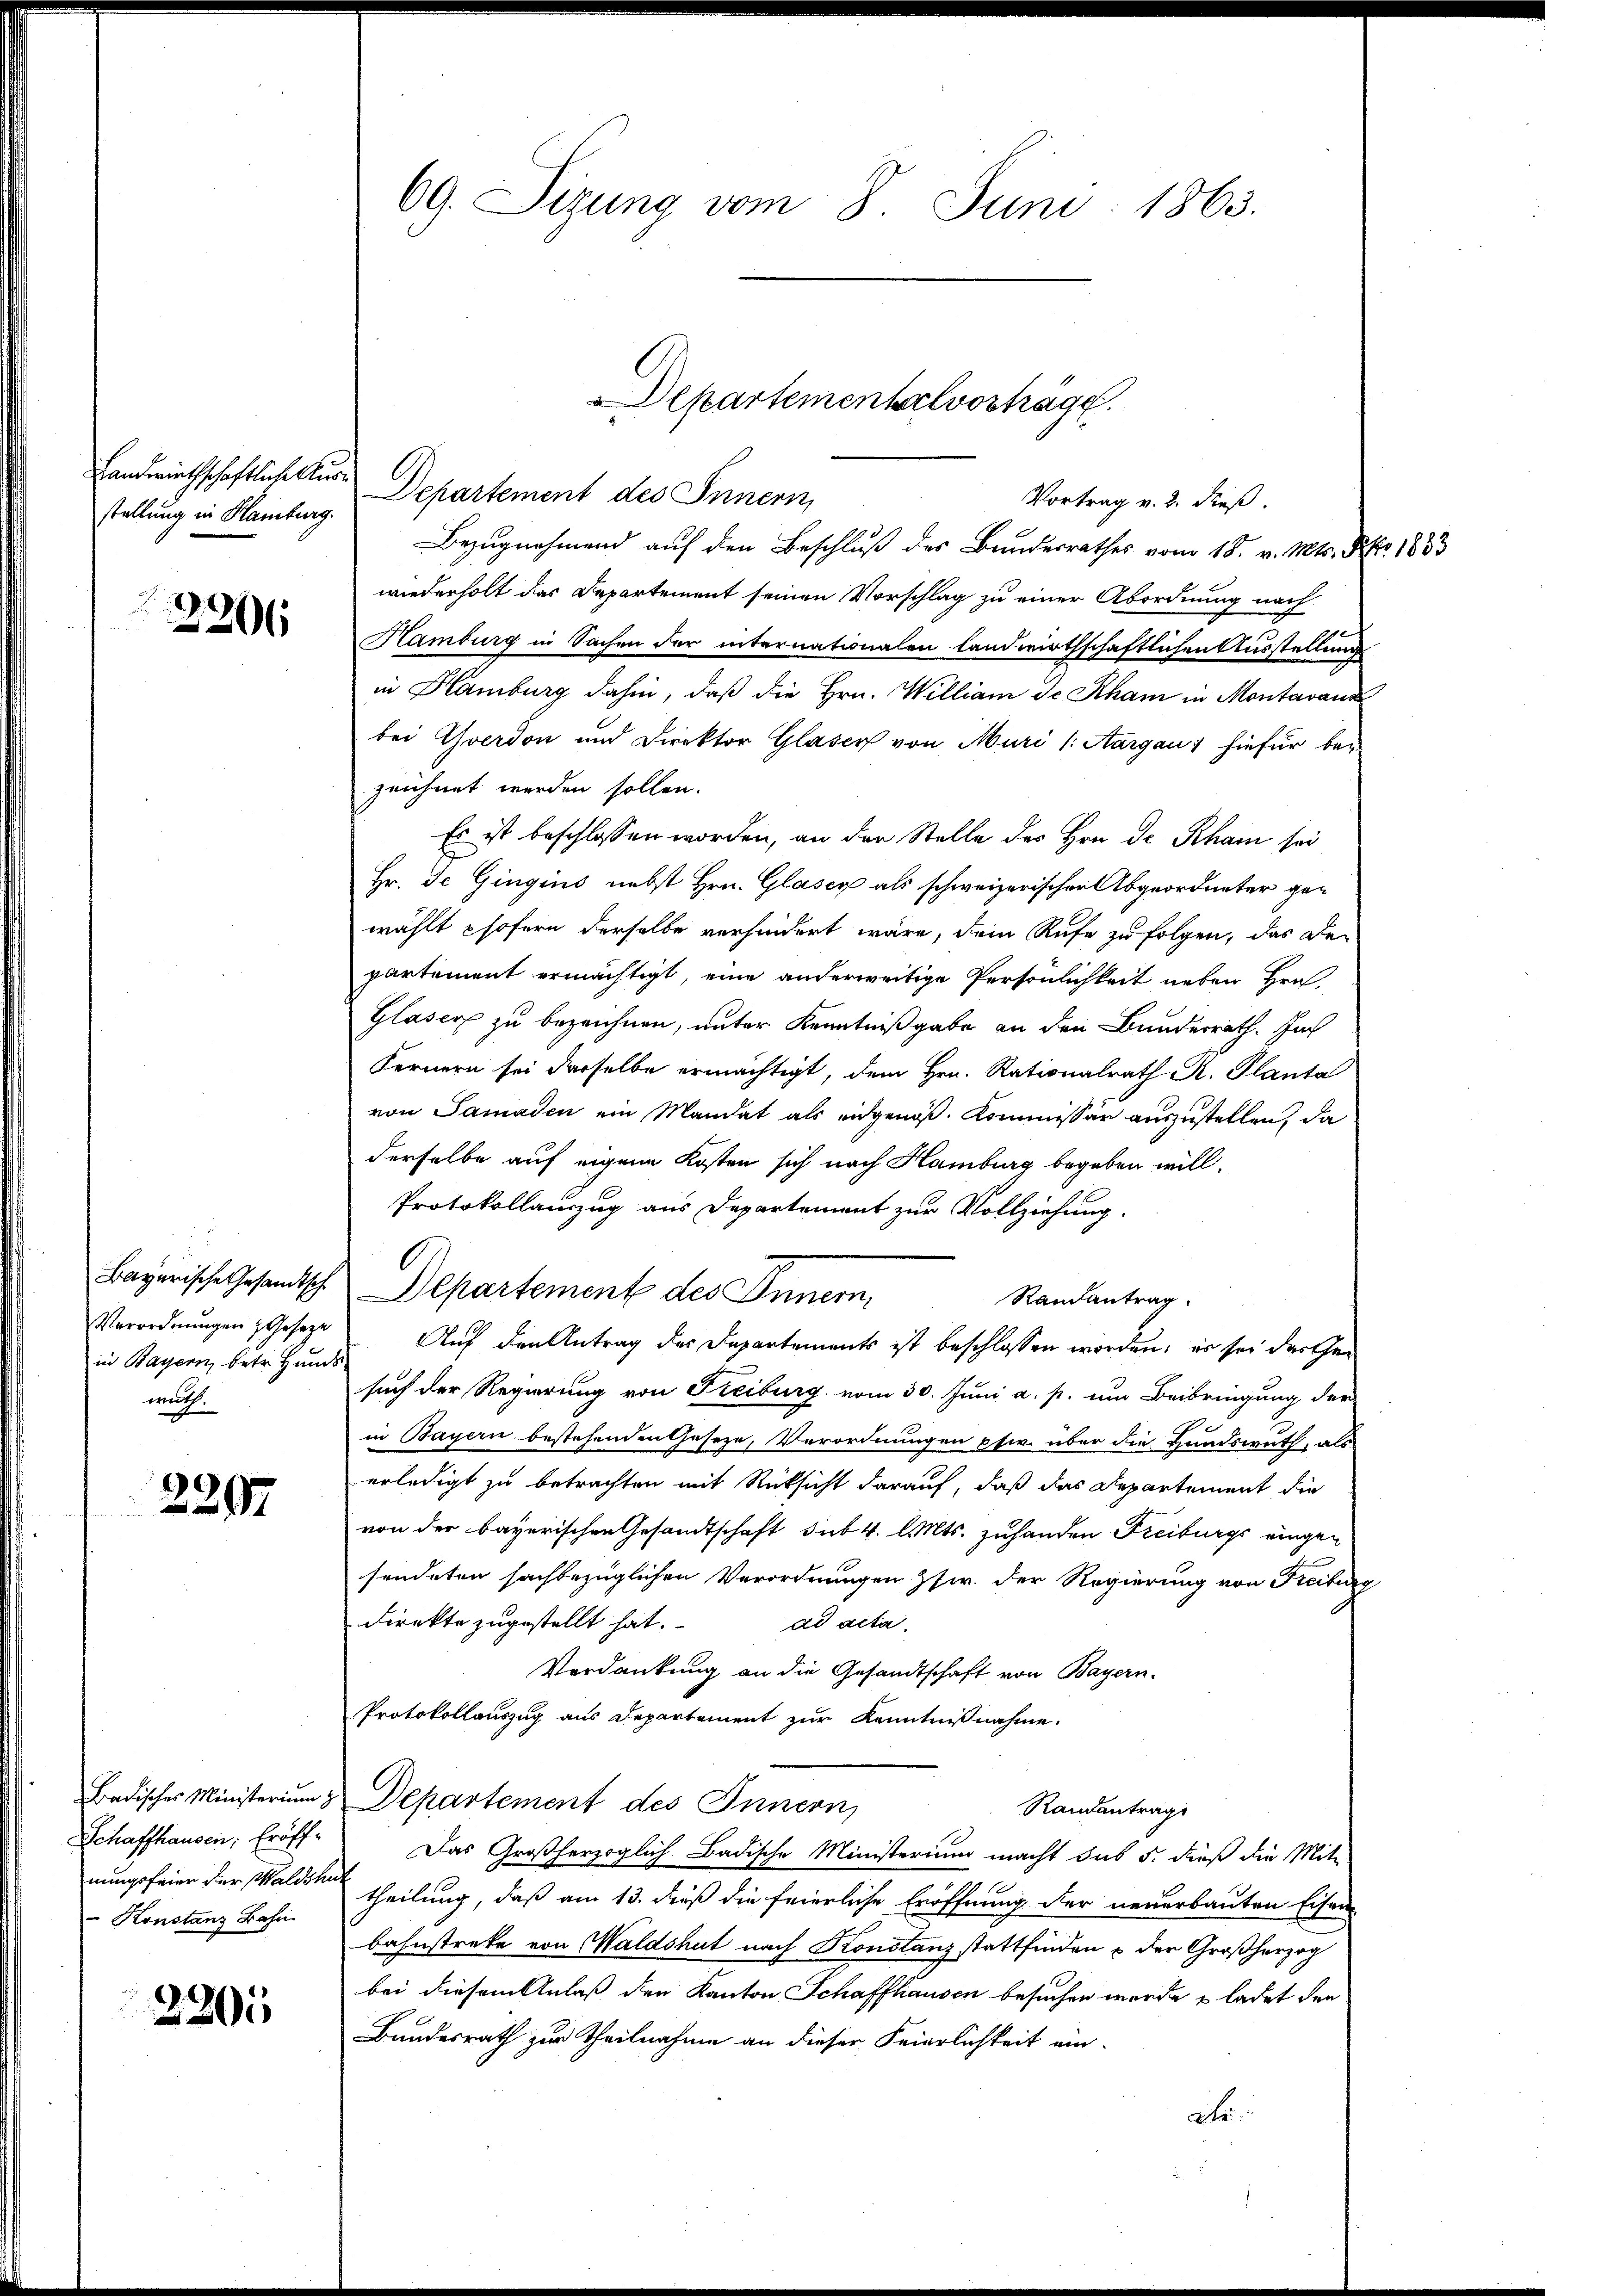
stellung in Hamburg.

2206

Verordnungen Geseze
in Bayern, betr. Hunds
wuth.

2297

Schaffhausen, Eröff¬
 Konstanz Bahn

2205

Handwirthschaftliche Aus Departement des Innern,
Vortrag v. 2. dieß.
Bezugnahmend auf den Beschluß des Bundesrathes vom 18. v. Mts. S. 1833
wiederholt das Departement seinen Vorschlag zu einer Abordnung nach
Hamburg in Sachen der internationalen landwirthschaftlichen Ausstellung
in Hamburg dahin, daß die Hrn. William de Rham in Montaraus
bei verdon und Direktor Glaser von Muri (Aargau, hiefür be-
zeichnet werden sollen.
Es ist beschlossen worden, an der Stelle des Hrn. De Rham sei
Hr. Je Gingins nebst Hrn. Glasey als schweizerischer Abgeordneter gewählt phofern derselbe verhindert wäre, dem Rufe zu folgen, das Departement ermächtigt, eine anderweitige Persönlichkeit neben Hrn.
Glaser zu bezeichnen, unter Kenntnißgabe an den Bunderrath. Jah
Fernern sei derselbe ermächtigt, dem Hrn. Rationalrath R. Planta
von Samaden ein Mandat als eidgenöß. Kommissär auszustellen, da
derselbe auf eigene Kosten sich nach Hamburg begeben will.
Protokollauszug aus Departement zur Vollziehung.
Bayerische Gesandtsch Departement des Innern,
Randantrag
Auf den Antrag des Departements ist beschlossen worden; es sei der Gesuch der Regierung von Freiburg vom 30. Juni a. p. um Beibringung der
in Bayern bestehenden Geseze, Verordnungen etw. über die Hundswuth, als
erledigt zu betrachten mit Rücksicht darauf, daß das Departement die
von der bayerischen Gesandtschaft sub 4. l. Mts. zuhanden Freiburgs eingen
sendeten sachbezüglichen Verordnungen zw. der Regierung von Freiburg
Direkte zugestellt hat. ad acta.
Verdankung an die Gesandtschaft von Bayern.
Protokollauszug aus Departement zur Kenntnißnahme.
Badisches Ministerium Departement des Innern
Randantrag
Das Großherzoglich Badische Ministerium macht das 5. dieß die Mit-
nungsfeier der Walde einen theilung, daß am 13. dieß die feierliche Eröffnung der neuerbauten Eisen
bahnstreke von Waldshut nach Konstanz stattfinden & der Großherzog
bei diesem Anlaß den Kanton Schaffhausen besuchen wurde & ladet den
Bundesrath zur Theilnahme an dieser Feierlichkeit ein-
Ate

69. Sizung vom 8. Juni 1863.

Departementelvorträge